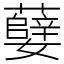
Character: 㜸